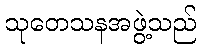
သုတေသနအဖွဲ့သည်